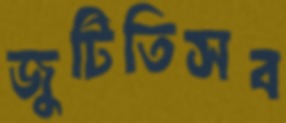
জুটিতিসব